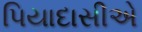
પિયાદાસીએ